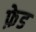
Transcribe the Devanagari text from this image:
फ़ेड